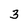
Character: 3